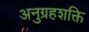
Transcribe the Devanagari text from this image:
अनुग्रहशक्ति